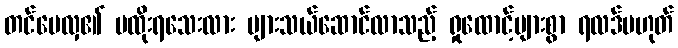
တင်မေလှ၏ မထိုးရသေးလား များသယ်ဆောင်လာသည့် ရှုထောင့်များစွာ ရလဒ်မဟုတ်